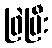
ဖြဲပြီး